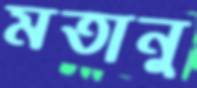
মতানু